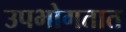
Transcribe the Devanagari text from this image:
उपभोगतात